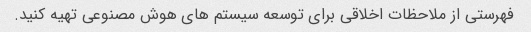
فهرستی از ملاحظات اخلاقی برای توسعه سیستم های هوش مصنوعی تهیه کنید.